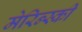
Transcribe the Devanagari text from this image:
मेरिन्स्की